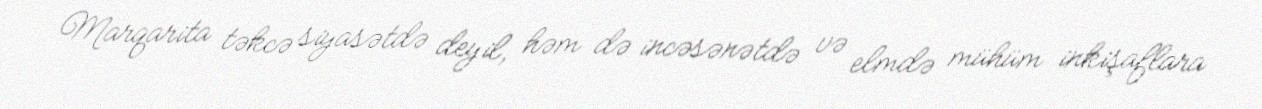
Marqarita təkcə siyasətdə deyil, həm də incəsənətdə və elmdə mühüm inkişaflara